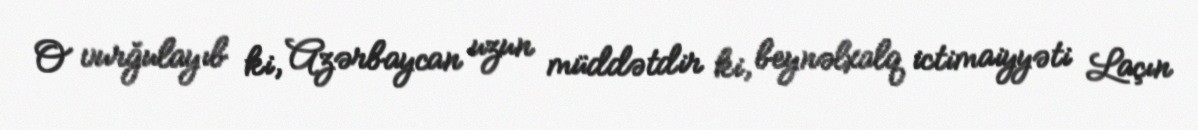
O vurğulayıb ki, Azərbaycan uzun müddətdir ki, beynəlxalq ictimaiyyəti Laçın